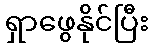
ရှာဖွေနိုင်ပြီး